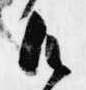
御